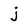
Character: j